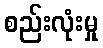
စည်းလုံးမှု